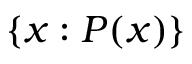
\{ x : P ( x ) \}